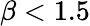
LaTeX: \beta<1.5